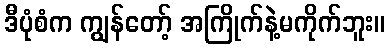
ဒီပုံစံက ကျွန်တော့် အကြိုက်နဲ့မကိုက်ဘူး။